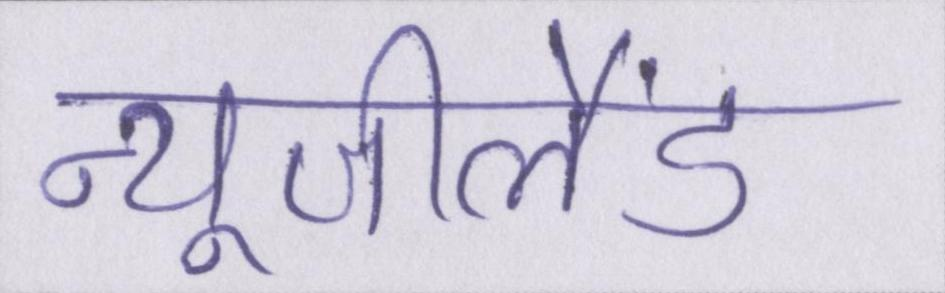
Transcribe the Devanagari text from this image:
न्यूजीलैंड